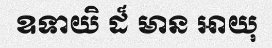
ឧទាយិ ដ៏ មាន អាយុ